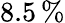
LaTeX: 8.5\, \%